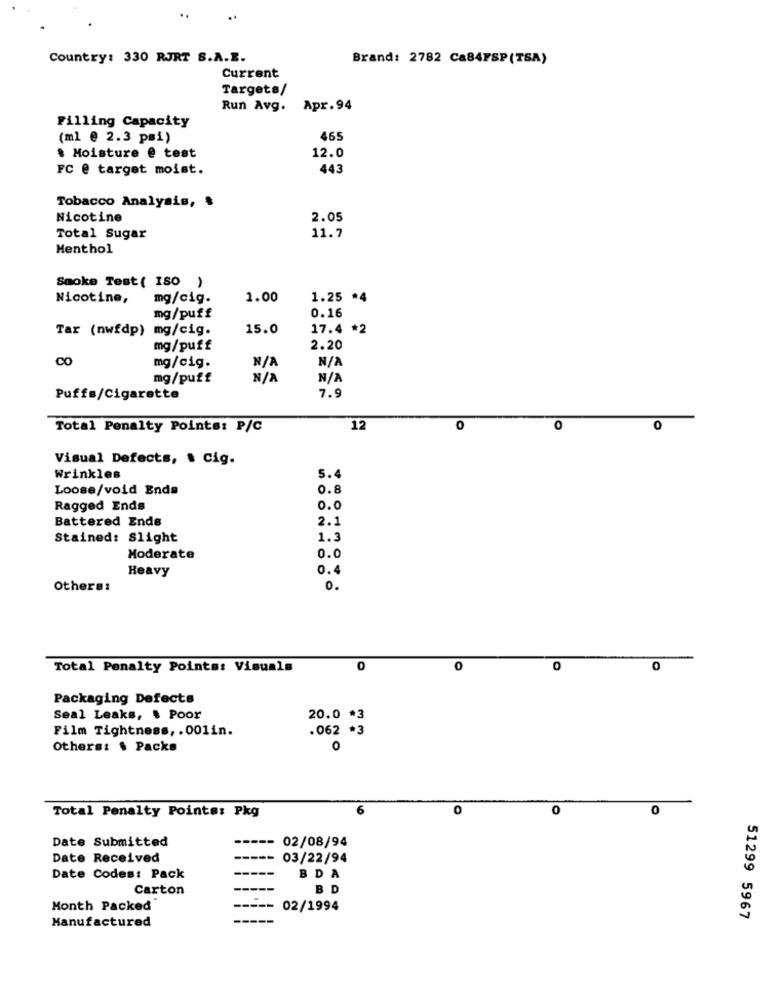
Country: 330 RJRT S.A.Z.
Brand: 2782 Ca84FSP(TSA)
Current
Targets/
Run Avg. Apr.94
Filling Capacity
(ml @ 2.3 pmi)
465
. Moisture @ test
12.0
FC @ target moist.
443
Tobacco Analysis,
Nicotine
2.05
11.7
Total Sugar
Menthol
Smoke Test( ISO )
Nicotine,
mg/cig.
1.00
1.25 *4
0.16
mg/puff
Tar (nwfdp) mg/cig.
15.0
17.4 *2
mg/puff
2.20
CO
mg/cig.
mg/puff
7.9
Puffs/Cigarette
Total Penalty Points: P/C
12
0
0
0
Visual Defects, $ Cig.
Wrinkles
5.4
Loose/void Enda
0.8
Ragged Ends
0.0
Battered Ende
2.1
Stained: Slight
1.3
Moderate
0.0
Heavy
0.4
Others:
0.
Total Penalty Points: Visuals
0
0
0
0
Packaging Defects
Seal Leaks, & Poor
20.0 *3
Film Tightness, . 001in.
.062 *3
Others: $ Packs
O
6
0
0
0
Total Penalty Points: Pkg
Date Submitted
02/08/94
Date Received
03/22/94
Date Codes: Pack
BDA
Carton
BD
Month Packed
02/1994
51299 5967
Manufactured